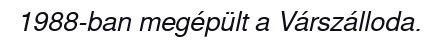
1988-ban megépült a Várszálloda.